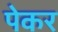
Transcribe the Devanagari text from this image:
पेकर